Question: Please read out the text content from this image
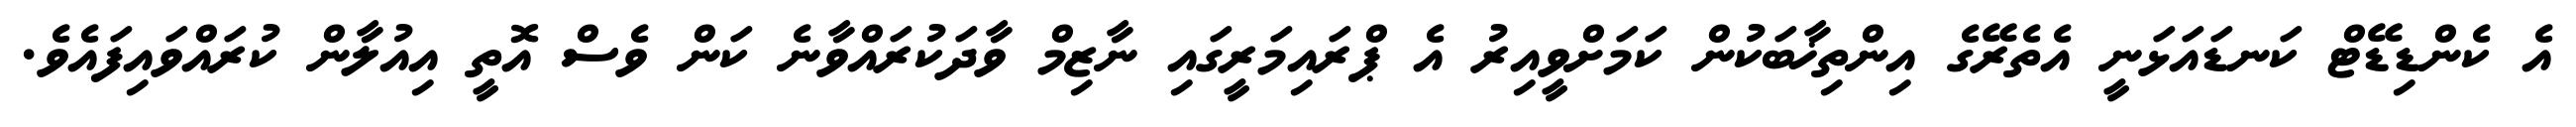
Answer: އެ ކެންޑިޑޭޓް ކަނޑައަޅަނީ އެތެރޭގެ އިންތިޚާބަކުން ކަމަށްވީއިރު އެ ޕްރައިމަރީގައި ނާޒިމް ވާދަކުރައްވާނެ ކަން ވެސް އޮތީ އިއުލާން ކުރައްވައިފައެވެ.